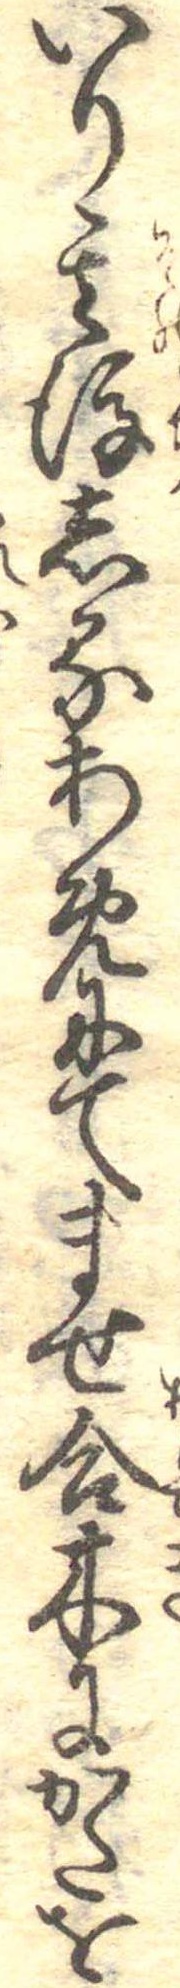
いり其後しるあめにてませ合木にかたを